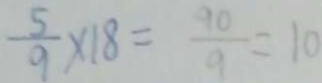
\frac { 5 } { 9 } \times 1 8 = \frac { 9 0 } { 9 } = 1 0